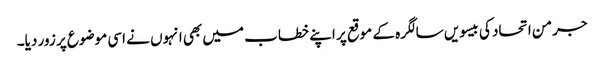
جرمن اتحاد کی بیسویں سالگرہ کے موقع پر اپنے خطاب میں بھی انہوں نے اسی موضوع پر زور دیا۔